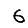
Digit: 6